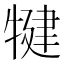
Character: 犍